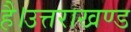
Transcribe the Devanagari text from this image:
है।उत्तराखण्ड